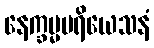
နေက္ခမ္မပရိယေသနံ